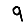
Digit: 9